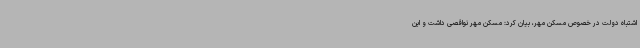
اشتباه دولت در خصوص مسکن مهر، بیان کرد: مسکن مهر نواقصی داشت و این